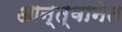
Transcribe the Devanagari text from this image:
आन्त्वानेत